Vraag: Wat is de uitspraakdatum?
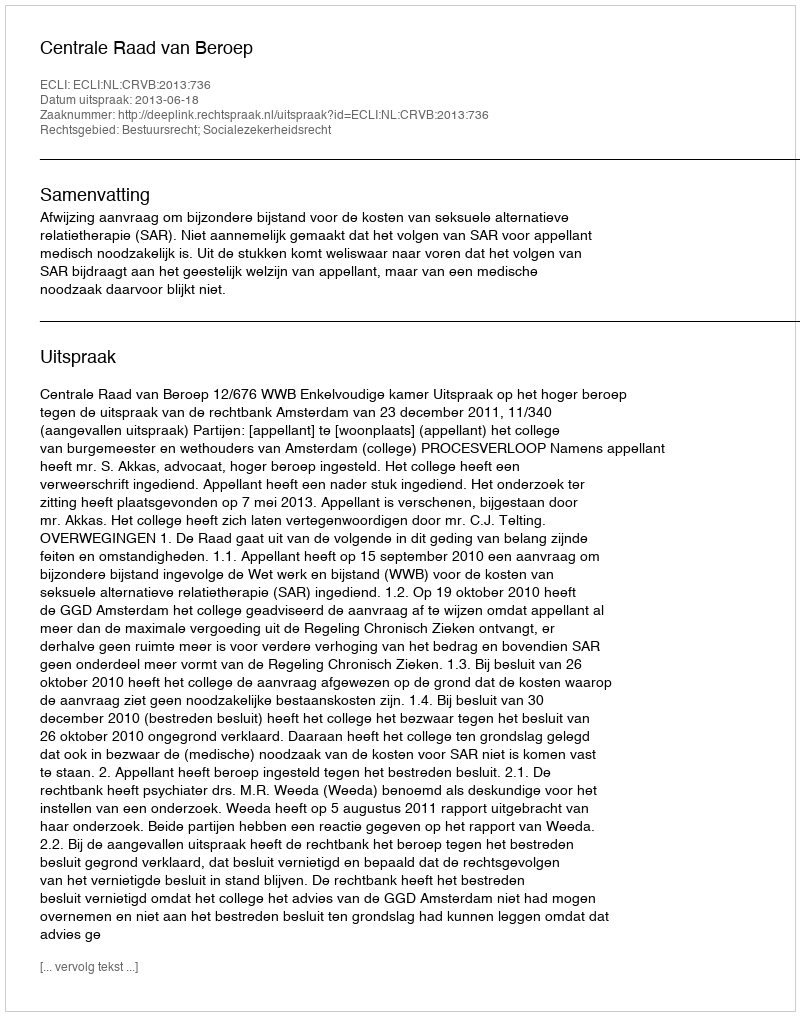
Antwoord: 2013-06-18